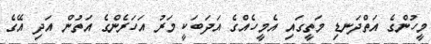
މީހުންގެ އަތްދަނޑި މަތީގައި އެމީހެއްގެ އަދަބަކީ މަރު އަހަރެންގެ އަތުން އަދި އޭގެ